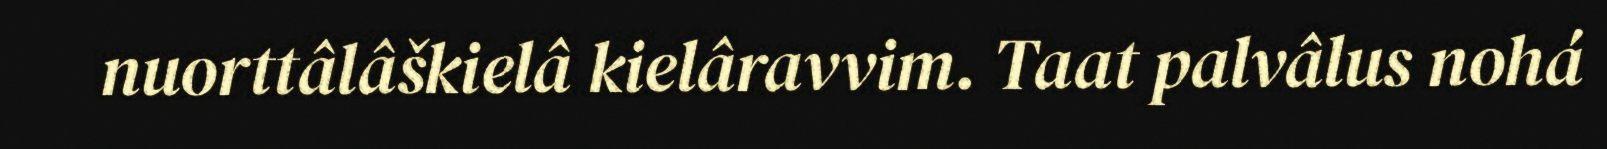
nuorttâlâškielâ kielâravvim. Taat palvâlus nohá